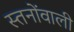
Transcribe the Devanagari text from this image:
स्तनोंवाली